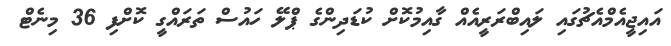
އައިޖީއެމްއެޗުގައި ލައިބްރަރީއެއް ގާއިމުކޮށް ކުޑަދިންގެ ޕްލޭ ހައުސް ތަރައްގީ ކޮށްފި 36 މިނެޓް